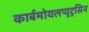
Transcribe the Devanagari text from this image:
कार्बमोयलप्युट्रसिन